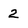
Character: 2